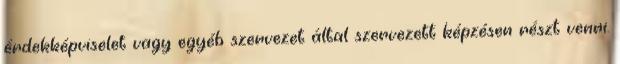
érdekképviselet vagy egyéb szervezet által szervezett képzésen részt venni.